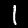
Digit: 1